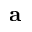
\mathbf { a }